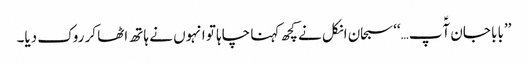
’’بابا جان آؑپ…‘‘سبحان انکل نے کچھ کہنا چاہا تو انہوں نے ہاتھ اٹھا کر روک دیا۔